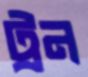
ট্রন